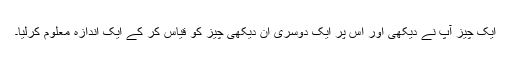
ایک چیز آپ نے دیکھی اور اس پر ایک دوسری ان دیکھی چیز کو قیاس کر کے ایک اندازہ معلوم کرلیا۔